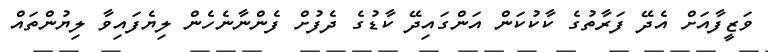
ވަޒީފާއަށް އެދޭ ފަރާތުގެ ކާކުކަން އަންގައިދޭ ކާޑުގެ ދެފުށް ފެންނާނެހެން ލިޔެފައިވާ ލިޔުންތައް